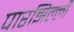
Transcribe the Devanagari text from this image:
पारझिल्ली